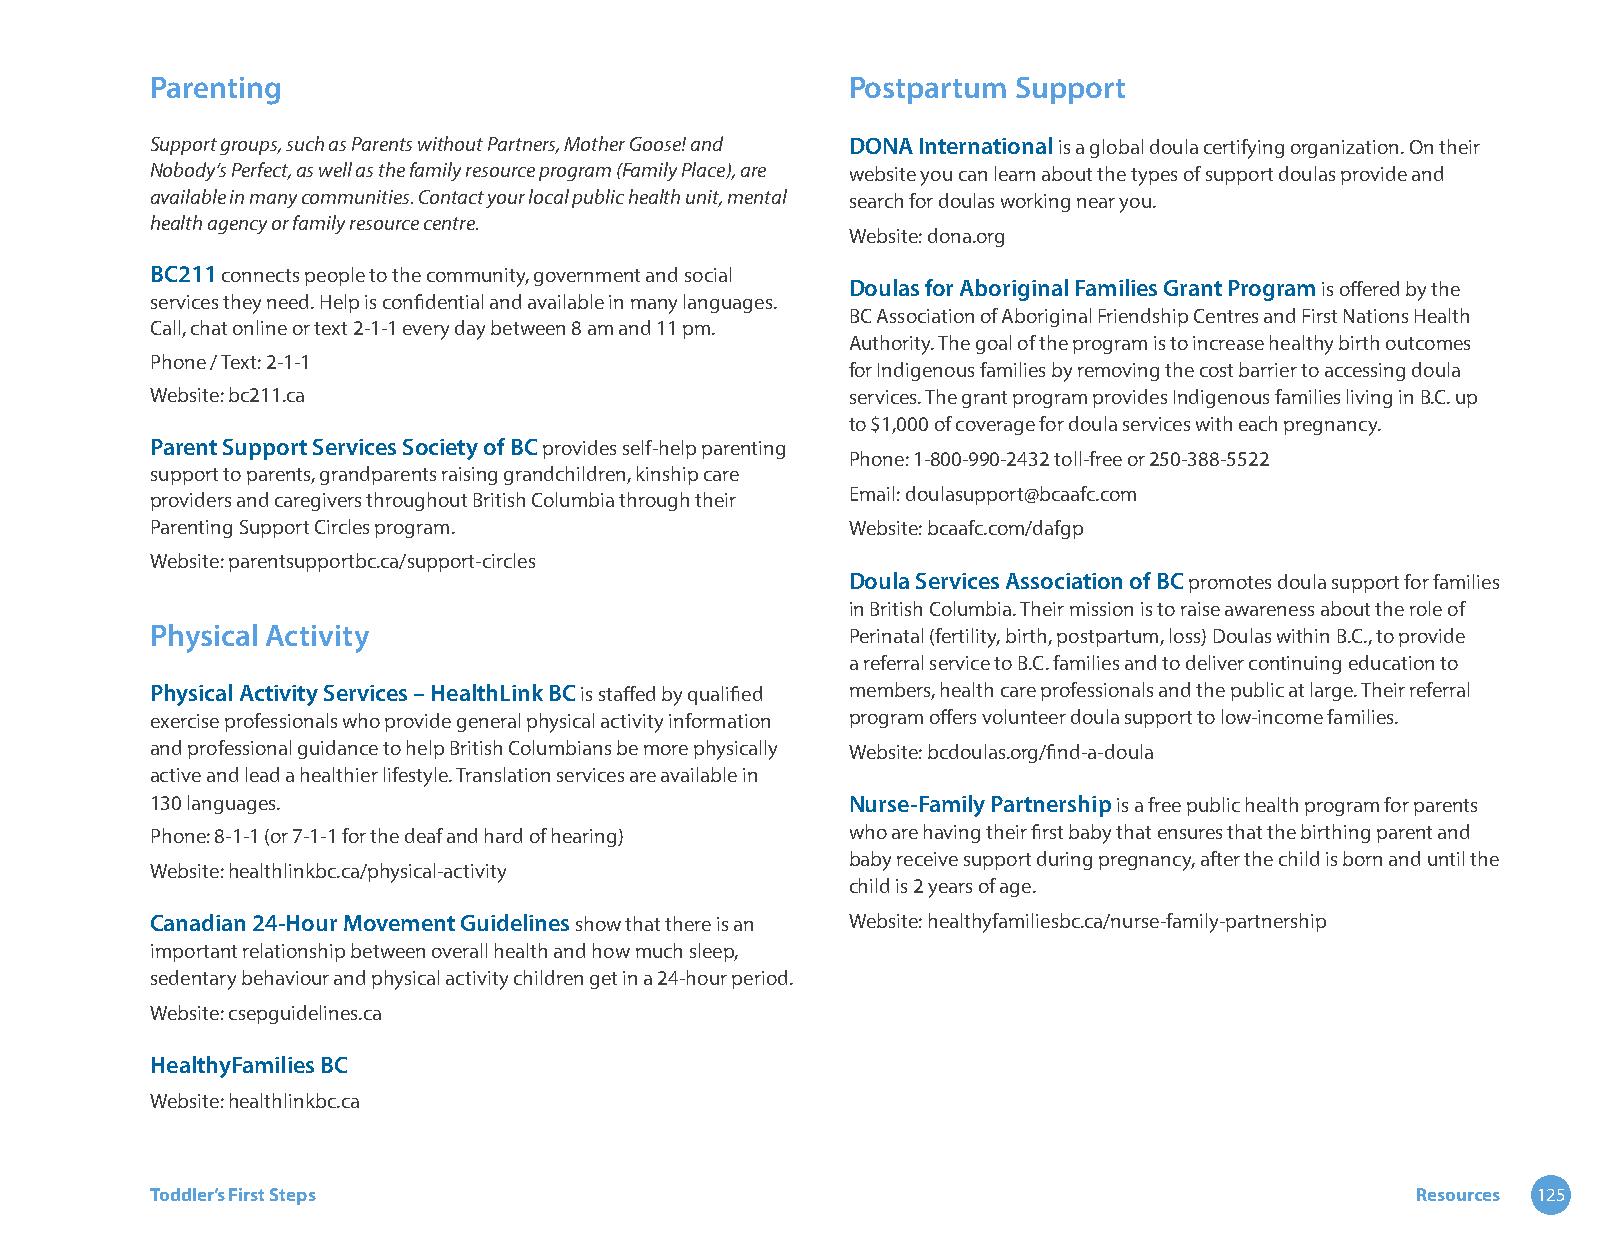
Parenting                                     Postpartum Support
 Support groups, such as Parents without Partners, Mother Goose! and DONA International is a global doula certifying organization. On their
 Nobody’s Perfect, as well as the family resource program (Family Place), are website you can learn about the types of support doulas provide and
 available in many communities. Contact your local public health unit, mental search for doulas working near you.
 health agency or family resource centre.
 Website: dona.org
 BC211 connects people to the community, government and social
 Doulas for Aboriginal Families Grant Program is offered by the
 services they need. Help is confidential and available in many languages.
 BC Association of Aboriginal Friendship Centres and First Nations Health
 Call, chat online or text 2-1-1 every day between 8 am and 11 pm.
 Authority. The goal of the program is to increase healthy birth outcomes
 Phone / Text: 2-1-1
 for Indigenous families by removing the cost barrier to accessing doula
 Website: bc211.ca                             services. The grant program provides Indigenous families living in B.C. up
 to $1,000 of coverage for doula services with each pregnancy.
 Parent Support Services Society of BC provides self-help parenting
 Phone: 1-800-990-2432 toll-free or 250-388-5522
 support to parents, grandparents raising grandchildren, kinship care
 Email: doulasupport@bcaafc.com
 providers and caregivers throughout British Columbia through their
 Parenting Support Circles program.            Website: bcaafc.com/dafgp
 Website: parentsupportbc.ca/support-circles
 Doula Services Association of BC promotes doula support for families
 in British Columbia. Their mission is to raise awareness about the role of
 Physical Activity                             Perinatal (fertility, birth, postpartum, loss) Doulas within B.C., to provide
 a referral service to B.C. families and to deliver continuing education to
 Physical Activity Services – HealthLink BC is staffed by qualified members, health care professionals and the public at large. Their referral
 exercise professionals who provide general physical activity information program offers volunteer doula support to low-income families.
 and professional guidance to help British Columbians be more physically Website: bcdoulas.org/find-a-doula
 active and lead a healthier lifestyle. Translation services are available in
 130 languages.                                Nurse-Family Partnership is a free public health program for parents
 Phone: 8-1-1 (or 7-1-1 for the deaf and hard of hearing) who are having their first baby that ensures that the birthing parent and
 baby receive support during pregnancy, after the child is born and until the
 Website: healthlinkbc.ca/physical-activity
 child is 2 years of age.
 Canadian 24-Hour Movement Guidelines show that there is an Website: healthyfamiliesbc.ca/nurse-family-partnership
 important relationship between overall health and how much sleep,
 sedentary behaviour and physical activity children get in a 24-hour period.
 Website: csepguidelines.ca
 HealthyFamilies BC
 Website: healthlinkbc.ca
 Toddler’s First Steps                                                               Resources 125